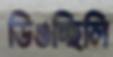
ডিঙচ্ছিলি